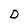
Character: D